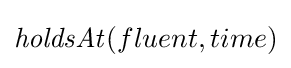
{\mathit {holdsAt}}(fluent,time)